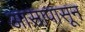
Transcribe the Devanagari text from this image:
आसापासून